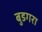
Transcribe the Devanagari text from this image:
बुडगरा